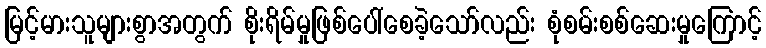
မြင့်မားသူများစွာအတွက် စိုးရိမ်မှုဖြစ်ပေါ်စေခဲ့သော်လည်း စုံစမ်းစစ်ဆေးမှုကြောင့်